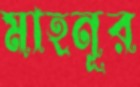
মাহনূর